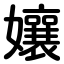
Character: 孃